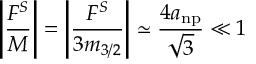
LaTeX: \left| \frac { F ^ { S } } { M } \right| = \left| \frac { F ^ { S } } { 3 m _ { 3 / 2 } } \right| \simeq \frac { 4 a _ { \mathrm { n p } } } { \sqrt { 3 } } \ll 1